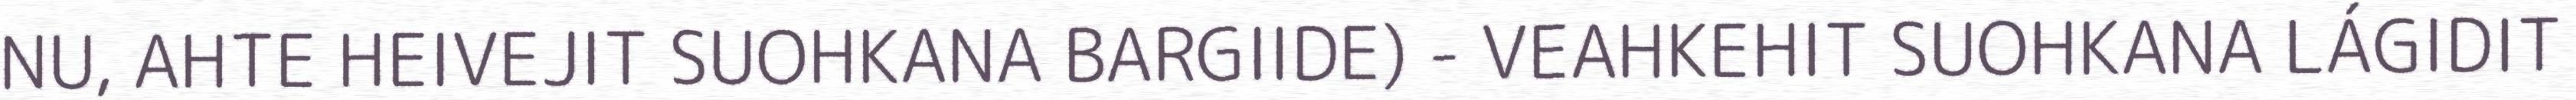
NU, AHTE HEIVEJIT SUOHKANA BARGIIDE) - VEAHKEHIT SUOHKANA LÁGIDIT